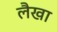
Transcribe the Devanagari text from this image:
लैखा